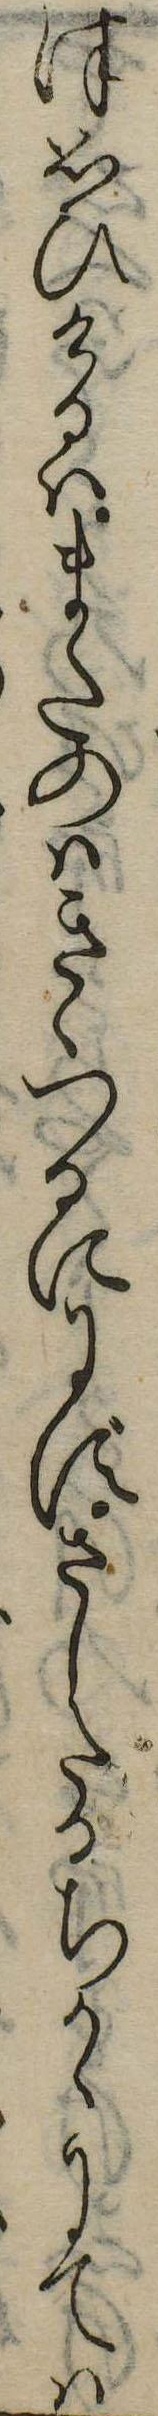
津思ひけるはまたのはきゝつるににずさしたるちからにては